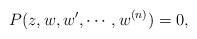
LaTeX: \begin{align*} P(z,w,w',\cdots,w^{(n)})=0,\end{align*}